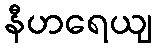
နီဟရေယျ